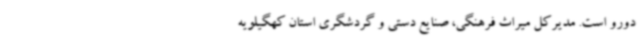
دورو است. مدیرکل میراث فرهنگی، صنایع دستی و گردشگری استان کهگیلویه